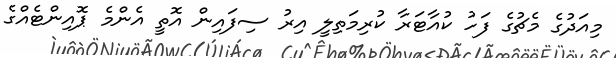
މިއަދުގެ މެޗުގެ ފަހު ކުއާޓަރާ ކުރިމަތިލީ އިރު ސިފައިން އޮތީ އެންމެ ޕޮއިންޓެއްގެ